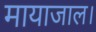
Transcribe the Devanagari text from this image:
मायाजाल।